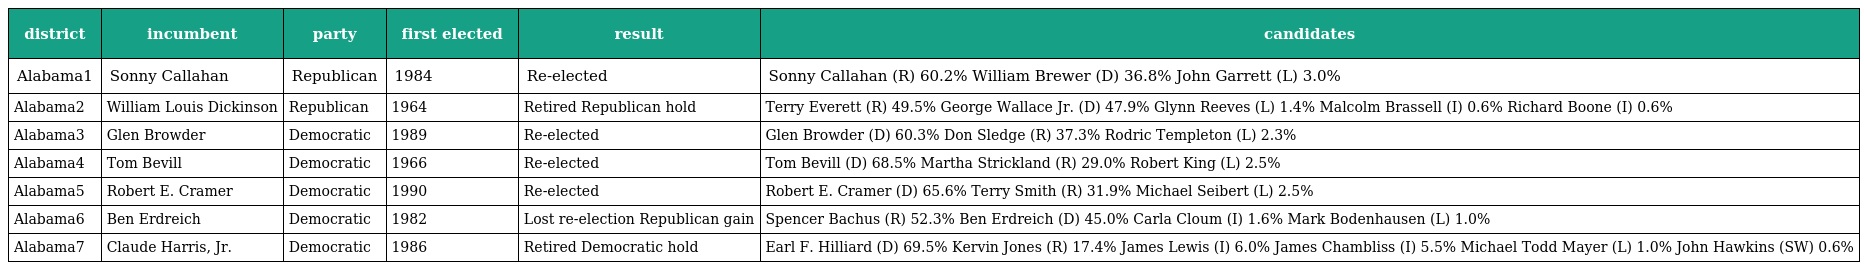
| district | incumbent | party | first elected | result | candidates |
 | --- | --- | --- | --- | --- | --- |
 | Alabama1 | Sonny Callahan | Republican | 1984 | Re-elected | Sonny Callahan (R) 60.2% William Brewer (D) 36.8% John Garrett (L) 3.0% |
 | Alabama2 | William Louis Dickinson | Republican | 1964 | Retired Republican hold | Terry Everett (R) 49.5% George Wallace Jr. (D) 47.9% Glynn Reeves (L) 1.4% Malcolm Brassell (I) 0.6% Richard Boone (I) 0.6% |
 | Alabama3 | Glen Browder | Democratic | 1989 | Re-elected | Glen Browder (D) 60.3% Don Sledge (R) 37.3% Rodric Templeton (L) 2.3% |
 | Alabama4 | Tom Bevill | Democratic | 1966 | Re-elected | Tom Bevill (D) 68.5% Martha Strickland (R) 29.0% Robert King (L) 2.5% |
 | Alabama5 | Robert E. Cramer | Democratic | 1990 | Re-elected | Robert E. Cramer (D) 65.6% Terry Smith (R) 31.9% Michael Seibert (L) 2.5% |
 | Alabama6 | Ben Erdreich | Democratic | 1982 | Lost re-election Republican gain | Spencer Bachus (R) 52.3% Ben Erdreich (D) 45.0% Carla Cloum (I) 1.6% Mark Bodenhausen (L) 1.0% |
 | Alabama7 | Claude Harris, Jr. | Democratic | 1986 | Retired Democratic hold | Earl F. Hilliard (D) 69.5% Kervin Jones (R) 17.4% James Lewis (I) 6.0% James Chambliss (I) 5.5% Michael Todd Mayer (L) 1.0% John Hawkins (SW) 0.6% |